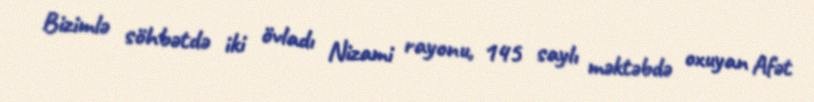
Bizimlə söhbətdə iki övladı Nizami rayonu, 145 saylı məktəbdə oxuyan Afət